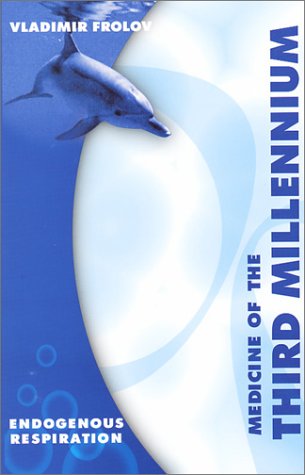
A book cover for Endogenous Respiration; Vladimir Frolov; Health, Fitness & Dieting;